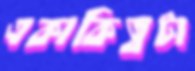
একাকিত্বটা